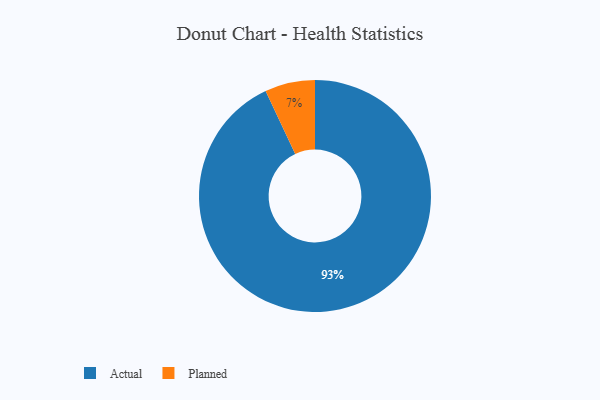
{"axis": {"x": "Category", "y": "Percentage"}, "legend": ["Actual", "Planned"], "data": [{"x": "Actual", "y": 93, "type": "Actual"}, {"x": "Planned", "y": 7, "type": "Planned"}]}